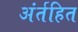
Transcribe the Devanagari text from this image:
अंर्तहित